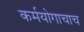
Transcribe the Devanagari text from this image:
कर्मयोगाचाच